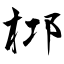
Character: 桏